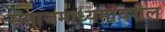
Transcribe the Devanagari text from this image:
समाजमाध्यमांवरील